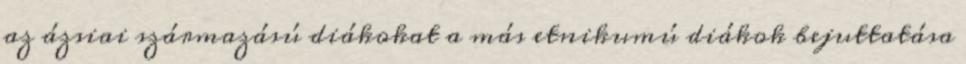
az ázsiai származású diákokat a más etnikumú diákok bejuttatása